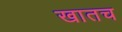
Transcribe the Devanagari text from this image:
खातच